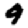
Digit: 9